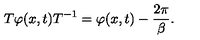
T \varphi ( x , t ) T ^ { - 1 } = \varphi ( x , t ) - \frac { 2 \pi } { \beta } .